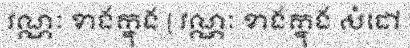
វណ្ណៈ ខាងក្នុង [ វណ្ណៈ ខាងក្នុង សំដៅ